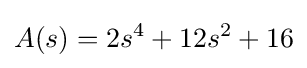
A(s)=2s^{4}+12s^{2}+16